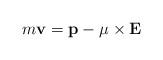
LaTeX: \begin{align*}m{\bf v} ={\bf p} -{\bf \mu}\times {\bf E}\end{align*}